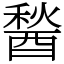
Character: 醔